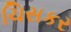
ચિસકર